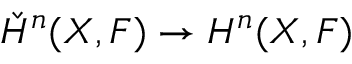
{ \check { H } } ^ { n } ( X , F ) \rightarrow H ^ { n } ( X , F )